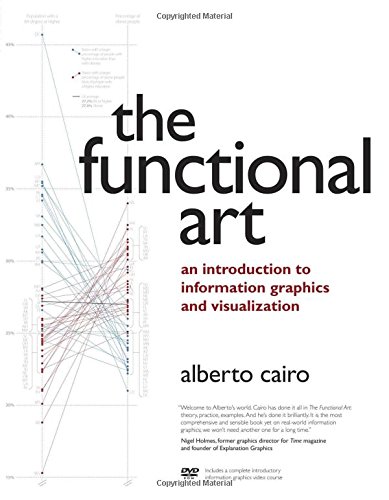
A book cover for The Functional Art: An introduction to information graphics and visualization (Voices That Matter); Alberto Cairo; Computers & Technology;